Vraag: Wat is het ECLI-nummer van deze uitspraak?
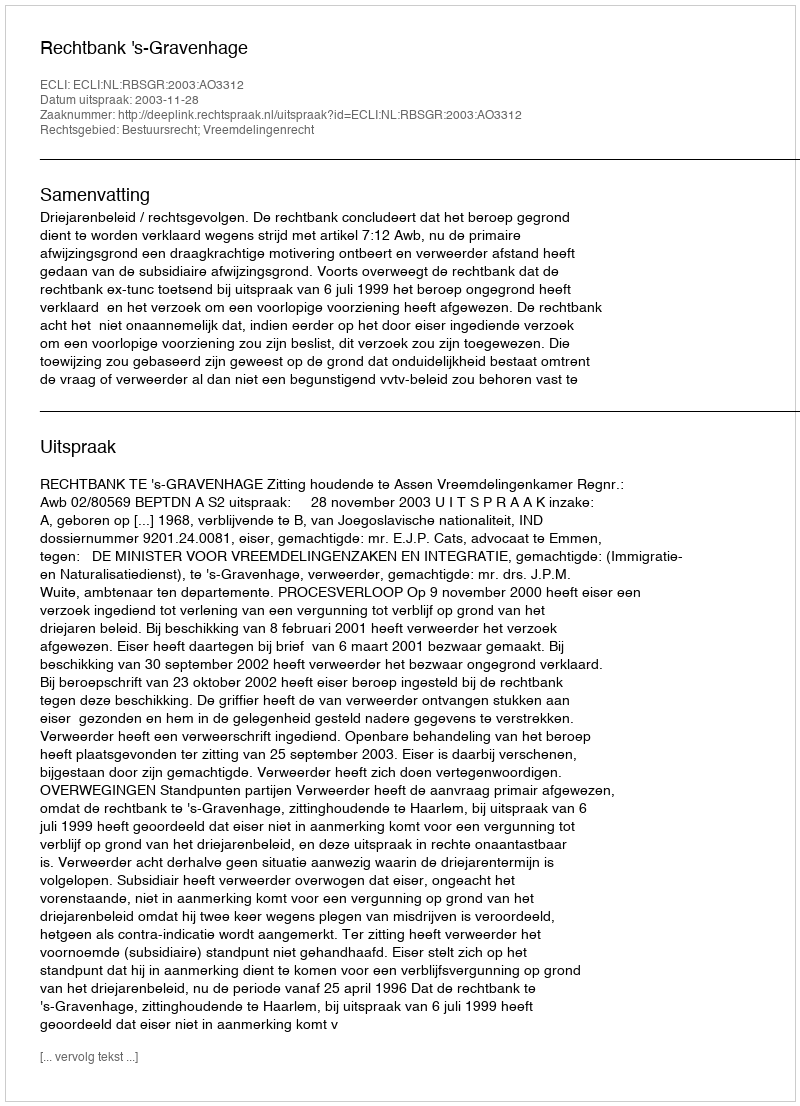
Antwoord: ECLI:NL:RBSGR:2003:AO3312